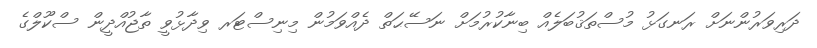
ދަރިވަރުންނަށް ރަނގަޅު މުސްތަޤުބަލެއް ބިނާކުރުމަށް ނަސޭޙަތް ދެއްވަމުން މިނިސްޓަރ ވިދާޅުވީ ތާޖުއްދީން ސްކޫލްގެ